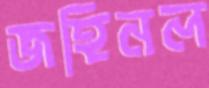
জহিনল